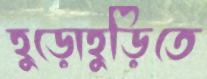
হুড়োহুড়িতে